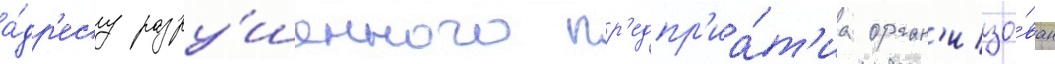
а́др'есу разру́шенного пр'едпр'иа́т'иа орган'изо́ван